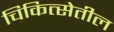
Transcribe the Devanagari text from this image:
चिकित्सेतील